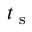
t _ { \textrm { s } }